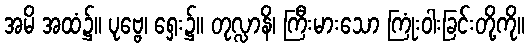
အမိ အထံ၌။ ပုဗ္ဗေ၊ ရှေး၌။ တုလ္လာနိ၊ ကြီးမားသော ကြုံးဝါးခြင်းတို့ကို။